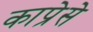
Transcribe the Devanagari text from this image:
काप्रेसे